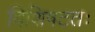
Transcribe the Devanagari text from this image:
विशिषटतः